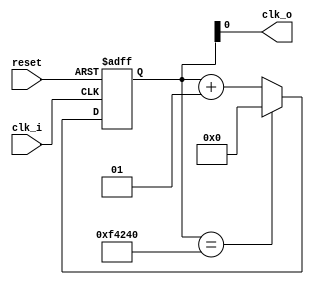
module PLL
(	input clk_i, 
	input reset,
	output clk_o
);

  localparam SPEED= 1000000; 
  integer counter = 0;
   
  always@ (negedge reset, posedge clk_i) begin
	   if (reset == 1'b0 ) begin 
			counter <= 0;
		end
	   else begin
				if (counter == SPEED) counter <=0;
				else counter <= counter + 1;
		end		
	end
	
	assign clk_o = counter;
	
endmodule